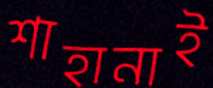
শাহানাই